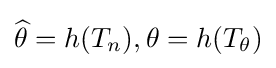
{\widehat {\theta }}=h(T_{n}),\theta =h(T_{\theta })